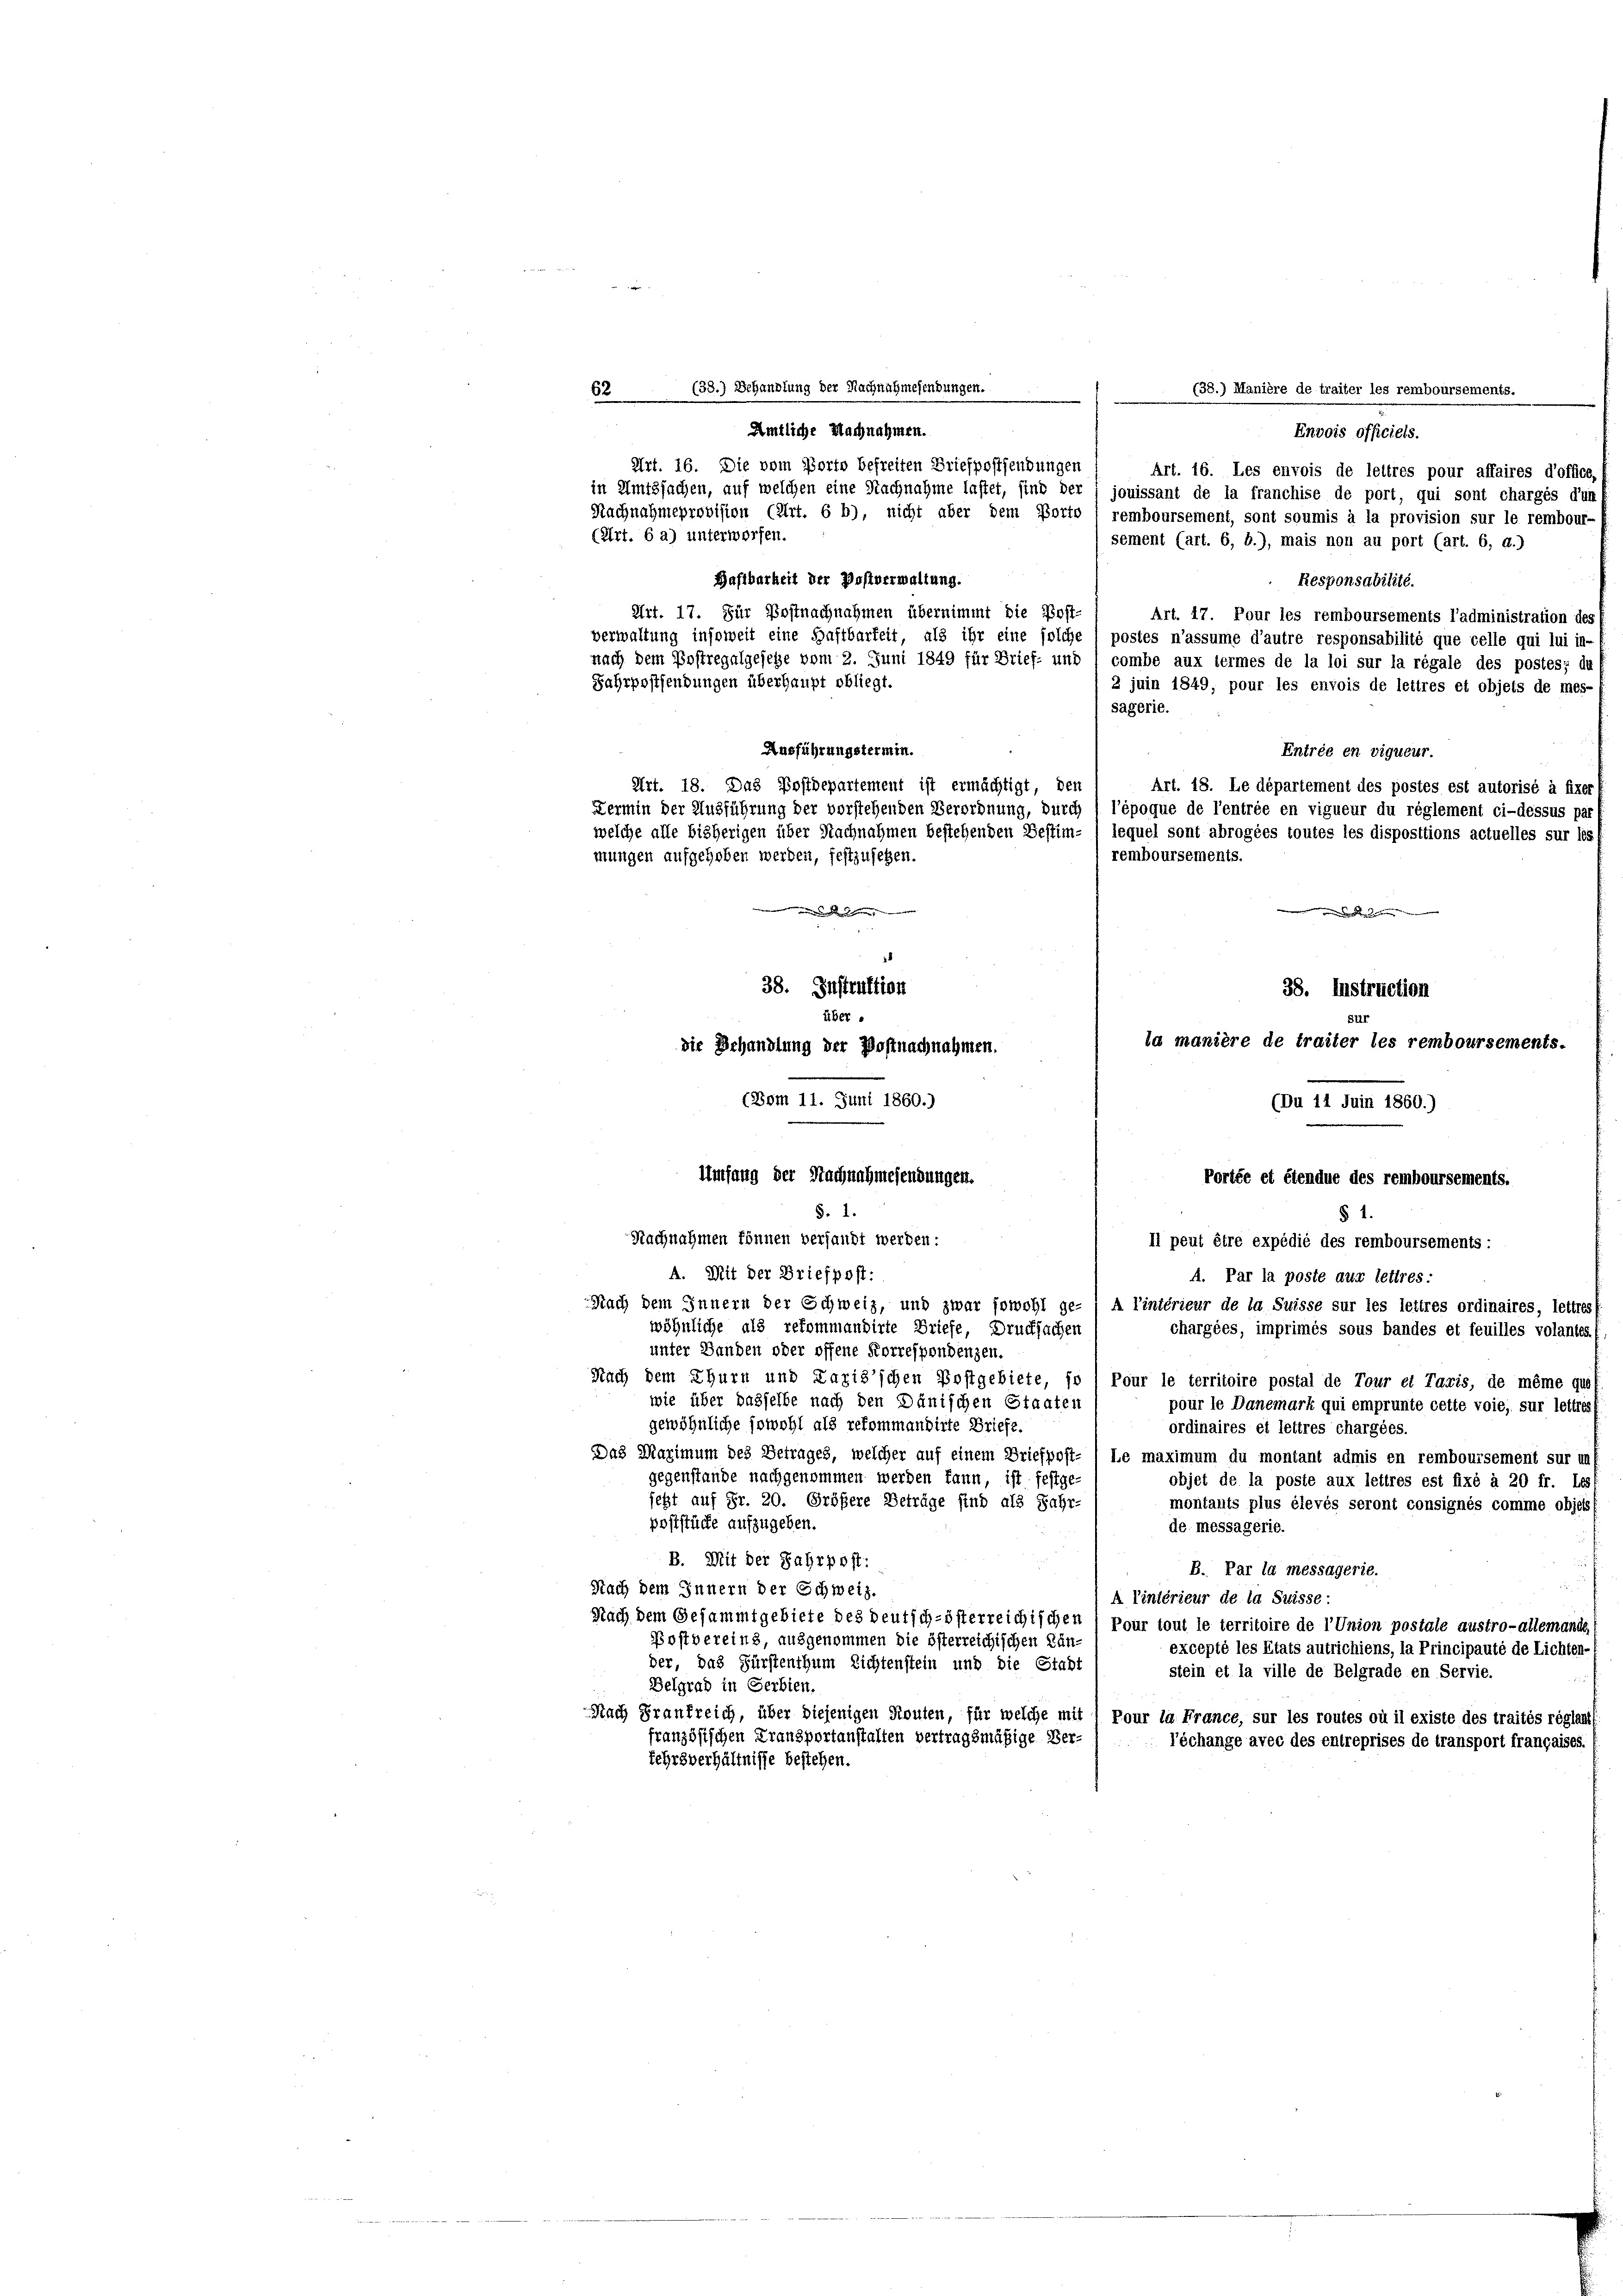
(Du 14 Juin 1860.)
Umfang der Nachnahmesendungen.
Portée et étendue des remboursements.
§. 1.
§ 1.
Nachnahmen können versandt werden:
Il peut être expédié des remboursements:
A. Mit der Briefpost:
A. Par la poste aus lettres:
Nach dem Innern der Schweiz, und zwar sowohl ge- A l’intérieur de la Suisse sur les lettres ordinaires, lettres
wöhnliche als rekommandirte Briefe, Drucksachen
chargées, imprimés sous bandes et feuilles volantes.
unter Banden oder offene Korrespondenzen.
Nach dem Thurn und Laziz’schen Postgebiete, so 1 Pour le territoire postal de Tour et Taxis, de même quo
wie über dasselbe nach den Dänischen Staaten
pour le Danemark qui emprunte cette voie, sur lettres
gewöhnliche sowohl als rekommandirte Briefe.
ordinaires et lettres chargées.
Das Maximum des Betrages, welcher auf einem Briefpost- ) Le maximum du montant admis en remboursement sur un
gegenstande nachgenommen werden kann, ist festge-
objet de la poste aux lettres est fixé à 20 fr. Les
jetzt auf Fr. 20. Größere Beträge sind als Jahr-
montants plus élevés seront consignés comme objets f
poststücke aufzugeben.
de messagerie.
B. Mit der Jahrpost:
B. Par la messagerie.
Nach dem Innern der Schweiz.
A Tintérieur de la Suisse:
Nach dem Gesammtgebiete des deutsch-österreichischen ) Pour tout le territoire de l’Union postale austro-allemand
Postbereins, ausgenommen die österreichischen Künexcepté les Etats autrichiens, la Principauté de Lichten-
der, das Fürstenthum Lichtenstein und die Stadt
stein et la ville de Belgrade en Servie.
Belgrad in Serbien.
Nach Frankreich, über diejenigen Routen, für welche mit / Pour la France, sur les routes où il existe des traités réglattf
französischen Fransportanstalten vertragsmäßige Verl’échange avec des entreprises de transport françaises
Lehrsverhältnisse bestehen.

(38.) Manière de traiter les remboursements.
Envois officiels.
Art. 16. Les envois de lettres pour affaires d’office,
in Amtssachen, auf welchen eine Nachnahme lastet, sind der
Nachnahmeprovision (Art. 6 b), nicht aber dem Porto i remboursement, sont soumis à la provision sur le rembour-
(Art. 6 a) unterworfen.
Haftbarkeit der Postverwaltung.
Responsabilité.
Art. 17. Für Postnachnahmen übernimmt die Post-
Art. 17. Pour les remboursements l’administration des
verwaltung insoweit eine Haftbarkeit, als ihr eine solche
postes n’assume d’autre responsabilité que celle qui lui in-
nach dem Postregalgesetze vom 2. Juni 1849 für Brief- und
combe aux termes de la loi sur la régale des postes; du
Fahrpostendungen überhaupt obliegt.
2 juin 1849, pour les envois de lettres et objets de mes-
sagerie.
Ausführungstermin.
Entrée en vigueur.
Art. 18. Das Postdepartement ist ermächtigt, den
Art. 18. Le département des postes est autorisé à fixer
Fermin der Ausführung der vorstehenden Verordnung, durch
l’époque de l’entrée en vigueur du réglement ci-dessus par
welche alle bisherigen über Nachnahmen bestehenden Bestim- ( lequel sont abrogées toutes les dispositions actuelles sur les f
remboursements.
mungen aufgehoben werden, festzusetzen.
aschen
 einen
38. Instruction
38. Instruktion
iber
ia manière de traiter les remboursements.
die Behandlung der Postnachnahmen.

82 (38.) Behandlung der Nachnahmesendungen.
Amtliche Nachnahmen.
Art. 16. Die vom Porto befreiten Briefpostsendungen

(Bom 11. Juni 1860.)

jouissant de la franchise de port, qui sont chargés d’un
sement (art. 6, b.), mais non au port (art. 6, d.)